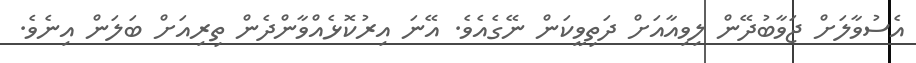
އެސުވާލަށް ޖަވާބުދޭން ލިވިއާއަށް ދަތިވީކަން ނޭގެއެވެ. އޭނަ އިރުކޮޅެއްވާންދެން ތިރިއަށް ބަލަން އިނެވެ.